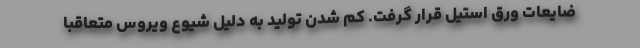
ضایعات ورق استیل قرار گرفت. کم شدن تولید به دلیل شیوع ویروس متعاقباً